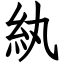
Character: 紈